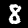
Label: 8